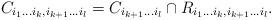
LaTeX: \begin{align*}C_{i_1 \ldots i_k, i_{k+1} \ldots i_l}= C_{i_{k+1} \ldots i_l} \cap R_ {i_1 \ldots i_k, i_{k+1} \ldots i_l}.\end{align*}